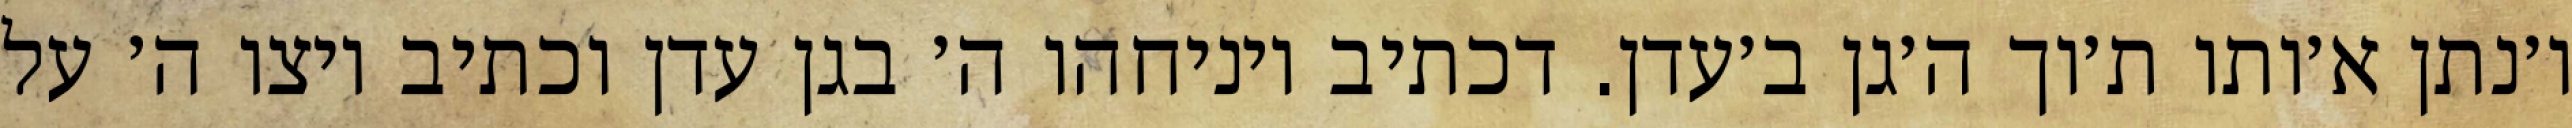
ו׳נתן א׳ותו ת׳וך ה׳גן ב׳עדן. דכתיב ויניחהו ה׳ בגן עדן וכתיב ויצו ה׳ על